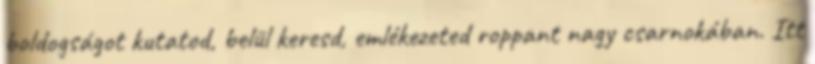
boldogságot kutatod, belül keresd, emlékezeted roppant nagy csarnokában. Itt